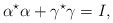
\begin{align*}\alpha^{\star} \alpha + \gamma^{\star} \gamma = I ,\end{align*}